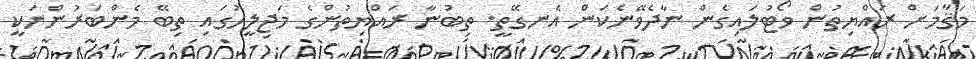
މަޤާމަށް ރައްޔިތުން ވޯޓުލައިގެން ނާދެވޭނެކަން އެނގޭތީ. ތިބުނާ ރައްޔިތުންގެ މަޖިލީހުގައި ތިބޭ މެންބަރުންނަކީ